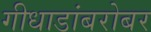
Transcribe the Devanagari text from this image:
गीधाडांबरोबर